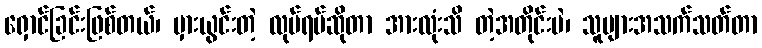
ရှောင်ခြင်းဖြစ်တယ်၊ မှားယွင်းတဲ့ လုပ်ရပ်ဆိုတာ အားလုံးသိ တဲ့အတိုင်းပဲ၊ သူများအသက်သတ်တာ